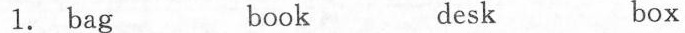
1.bag book desk box